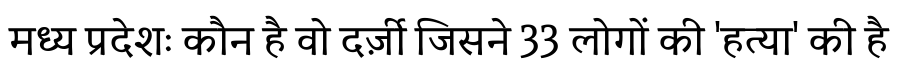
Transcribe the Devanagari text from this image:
मध्य प्रदेशः कौन है वो दर्ज़ी जिसने 33 लोगों की 'हत्या' की है